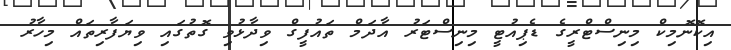
އިކޮނޮމިކް މިނިސްޓްރީގެ ޑެޕިއުޓީ މިނިސްޓަރު އާދަމް ތައުފީގް ވިދާޅުވި ގޮތުގައި ވިޔަފާރިތައް މިހާރު